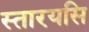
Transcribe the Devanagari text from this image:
स्तारयसि